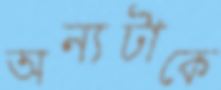
অন্যটাকে